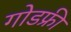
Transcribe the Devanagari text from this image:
गोडफ्री